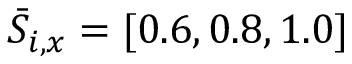
\bar { S } _ { i , x } = [ 0 . 6 , 0 . 8 , 1 . 0 ]